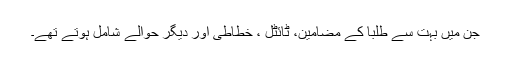
جن میں بہت سے طلبا کے مضامین، ٹائٹل ، خطاطی اور دیگر حوالے شامل ہوتے تھے۔